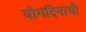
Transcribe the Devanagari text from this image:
योगदिनाची